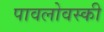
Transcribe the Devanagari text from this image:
पावलोवस्की